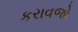
કરાવજો